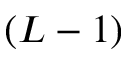
( L - 1 )